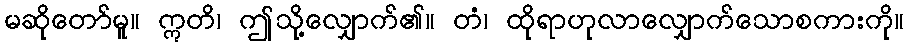
မဆိုတော်မူ။ ဣတိ၊ ဤသို့လျှောက်၏။ တံ၊ ထိုရာဟုလာလျှောက်သောစကားကို။